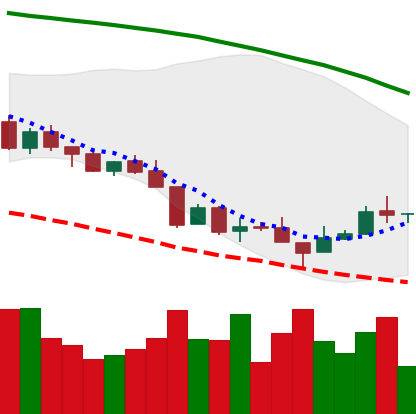
Ticker: XMR-USD
Chart end date: 2018-08-19
Forward return: -4.738%
Label: down_3_5